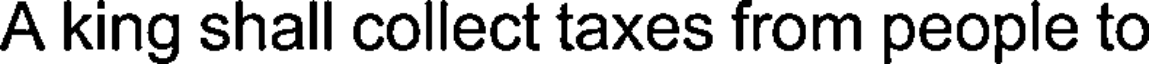
A king shall collect taxes from people to